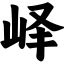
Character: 峄